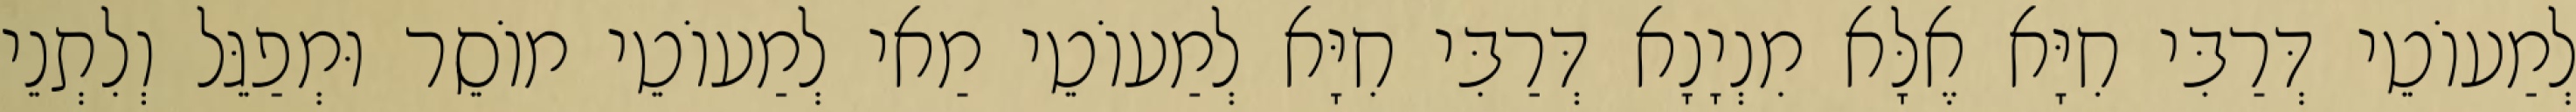
לְמַעוֹטֵי דְּרַבִּי חִיָּא אֶלָּא מִנְיָנָא דְּרַבִּי חִיָּא לְמַעוֹטֵי מַאי לְמַעוֹטֵי מוֹסֵר וּמְפַגֵּל וְלִתְנֵי